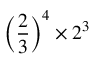
\left( { \frac { 2 } { 3 } } \right) ^ { 4 } \times 2 ^ { 3 }